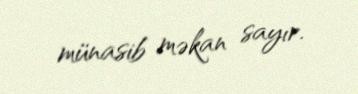
münasib məkan sayır.